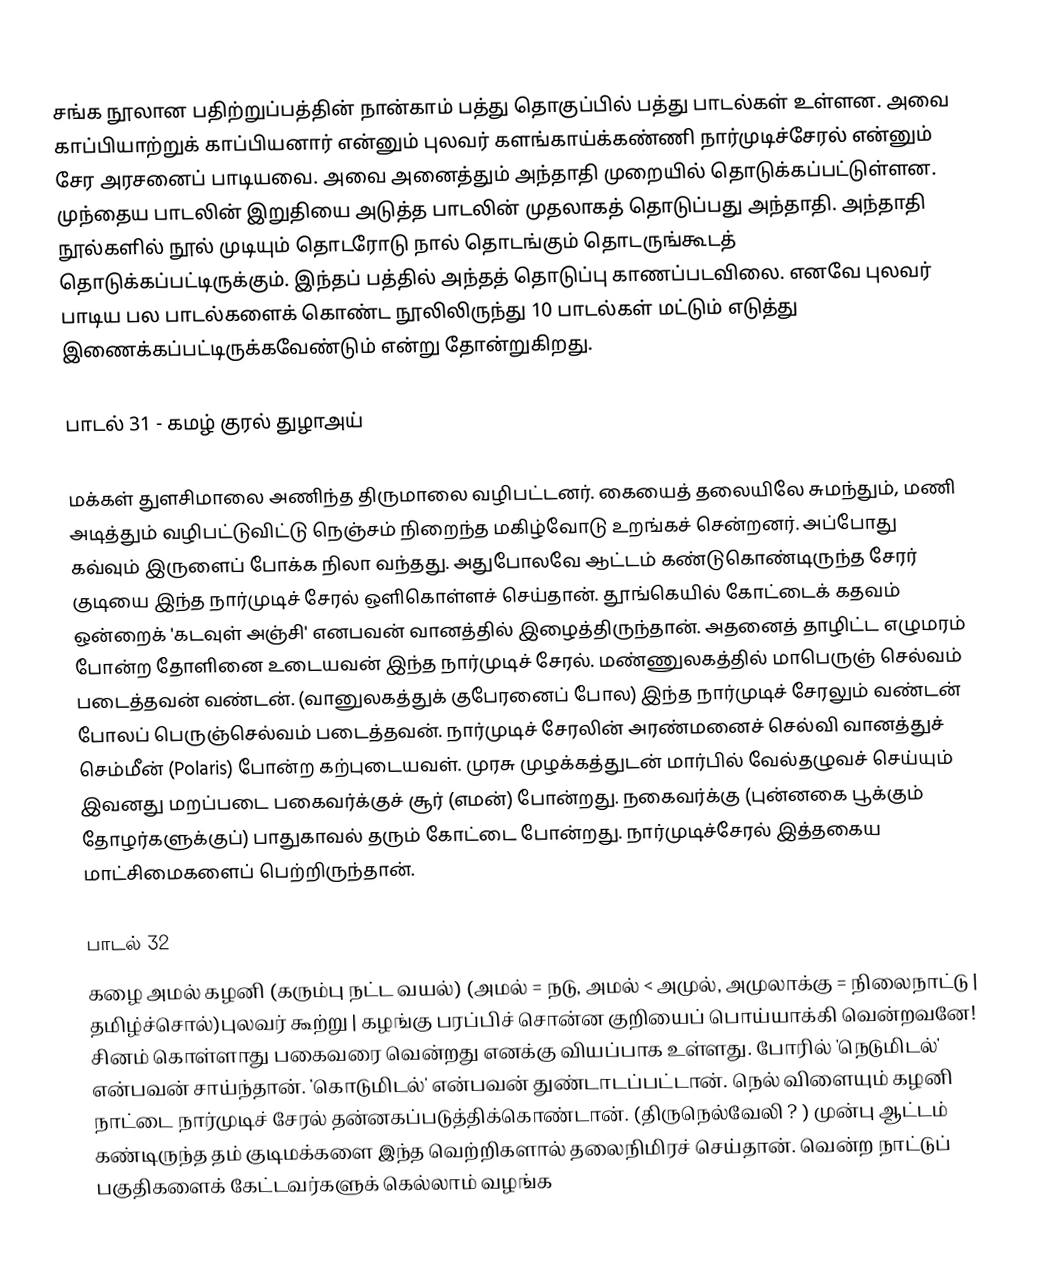
சங்க நூலான பதிற்றுப்பத்தின் நான்காம் பத்து தொகுப்பில் பத்து பாடல்கள் உள்ளன. அவை காப்பியாற்றுக் காப்பியனார் என்னும் புலவர் களங்காய்க்கண்ணி நார்முடிச்சேரல் என்னும் சேர அரசனைப் பாடியவை. அவை அனைத்தும் அந்தாதி முறையில் தொடுக்கப்பட்டுள்ளன. முந்தைய பாடலின் இறுதியை அடுத்த பாடலின் முதலாகத் தொடுப்பது அந்தாதி. அந்தாதி நூல்களில் நூல் முடியும் தொடரோடு நால் தொடங்கும் தொடருங்கூடத் தொடுக்கப்பட்டிருக்கும். இந்தப் பத்தில் அந்தத் தொடுப்பு காணப்படவிலை. எனவே புலவர் பாடிய பல பாடல்களைக் கொண்ட நூலிலிருந்து 10 பாடல்கள் மட்டும் எடுத்து இணைக்கப்பட்டிருக்கவேண்டும் என்று தோன்றுகிறது.

பாடல் 31 - கமழ் குரல் துழாஅய்

மக்கள் துளசிமாலை அணிந்த திருமாலை வழிபட்டனர். கையைத் தலையிலே சுமந்தும், மணி அடித்தும் வழிபட்டுவிட்டு நெஞ்சம் நிறைந்த மகிழ்வோடு உறங்கச் சென்றனர். அப்போது கவ்வும் இருளைப் போக்க நிலா வந்தது. அதுபோலவே ஆட்டம் கண்டுகொண்டிருந்த சேரர் குடியை இந்த நார்முடிச் சேரல் ஒளிகொள்ளச் செய்தான். தூங்கெயில் கோட்டைக் கதவம் ஒன்றைக் 'கடவுள் அஞ்சி' எனபவன் வானத்தில் இழைத்திருந்தான். அதனைத் தாழிட்ட எழுமரம் போன்ற தோளினை உடையவன் இந்த நார்முடிச் சேரல். மண்ணுலகத்தில் மாபெருஞ் செல்வம் படைத்தவன் வண்டன். (வானுலகத்துக் குபேரனைப் போல) இந்த நார்முடிச் சேரலும் வண்டன் போலப் பெருஞ்செல்வம் படைத்தவன்.  நார்முடிச் சேரலின் அரண்மனைச் செல்வி வானத்துச் செம்மீன் (Polaris) போன்ற கற்புடையவள்.  முரசு முழக்கத்துடன் மார்பில் வேல்தழுவச் செய்யும் இவனது மறப்படை பகைவர்க்குச் சூர் (எமன்) போன்றது. நகைவர்க்கு (புன்னகை பூக்கும் தோழர்களுக்குப்) பாதுகாவல் தரும் கோட்டை போன்றது. நார்முடிச்சேரல் இத்தகைய மாட்சிமைகளைப் பெற்றிருந்தான்.

பாடல் 32
கழை அமல் கழனி (கரும்பு நட்ட வயல்) (அமல் = நடு, அமல் < அமுல், அமுலாக்கு = நிலைநாட்டு | தமிழ்ச்சொல்)புலவர் கூற்று | கழங்கு பரப்பிச் சொன்ன குறியைப் பொய்யாக்கி வென்றவனே! சினம் கொள்ளாது பகைவரை வென்றது எனக்கு வியப்பாக உள்ளது. போரில் 'நெடுமிடல்' என்பவன் சாய்ந்தான். 'கொடுமிடல்' என்பவன் துண்டாடப்பட்டான். நெல் விளையும் கழனி நாட்டை நார்முடிச் சேரல் தன்னகப்படுத்திக்கொண்டான். (திருநெல்வேலி ? ) முன்பு ஆட்டம் கண்டிருந்த தம் குடிமக்களை இந்த வெற்றிகளால் தலைநிமிரச் செய்தான். வென்ற நாட்டுப் பகுதிகளைக் கேட்டவர்களுக் கெல்லாம் வழங்க